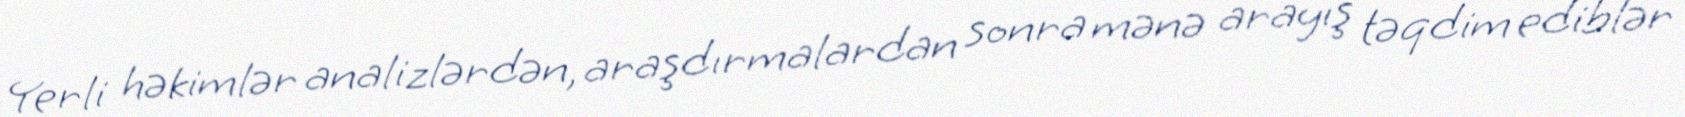
Yerli həkimlər analizlərdən, araşdırmalardan sonra mənə arayış təqdim ediblər